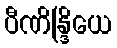
ပီဏိန္ဒြိယေ